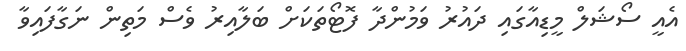
އެއީ ސޯޝަލް މީޑިއާގައި ދައުރު ވަމުންދާ ފޮޓޯތަކަށް ބަލާއިރު ވެސް މަތިން ނަގާފައިވާ